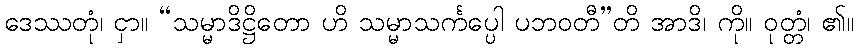
ဒေဿတုံ၊ ငှာ။ “သမ္မာဒိဋ္ဌိတော ဟိ သမ္မာသင်္ကပ္ပေါ ပဘဝတီ”တိ အာဒိ၊ ကို။ ဝုတ္တံ၊ ၏။